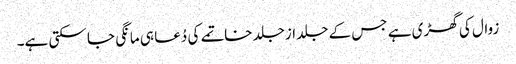
زوال کی گھڑی ہے جس کے جلد ازجلد خاتمے کی دُعا ہی مانگی جا سکتی ہے۔